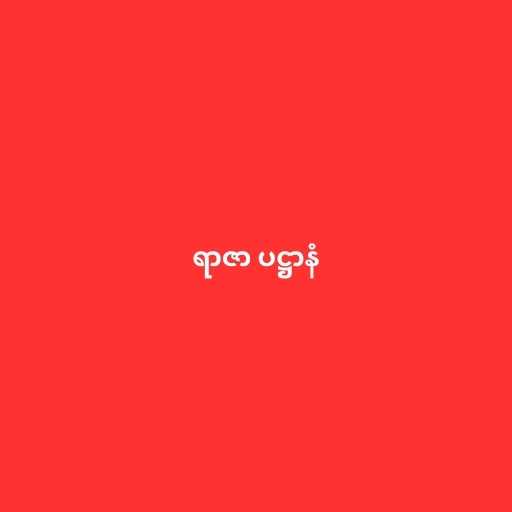
ရာဇာ ပဋ္ဌာနံ